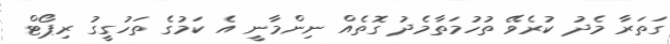
ގަތަރާ މެދު ކުރެވޭ ތުހުމަތާމެދު ގޮތެއް ނިންމާނީ އެ ކަމުގެ ތަހުގީގު ރިޕޯޓް